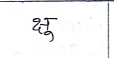
मजकूर: क्षु